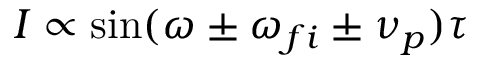
I \propto \sin ( \omega \pm \omega _ { f i } \pm \nu _ { p } ) \tau